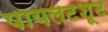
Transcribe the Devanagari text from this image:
पायलटशूट